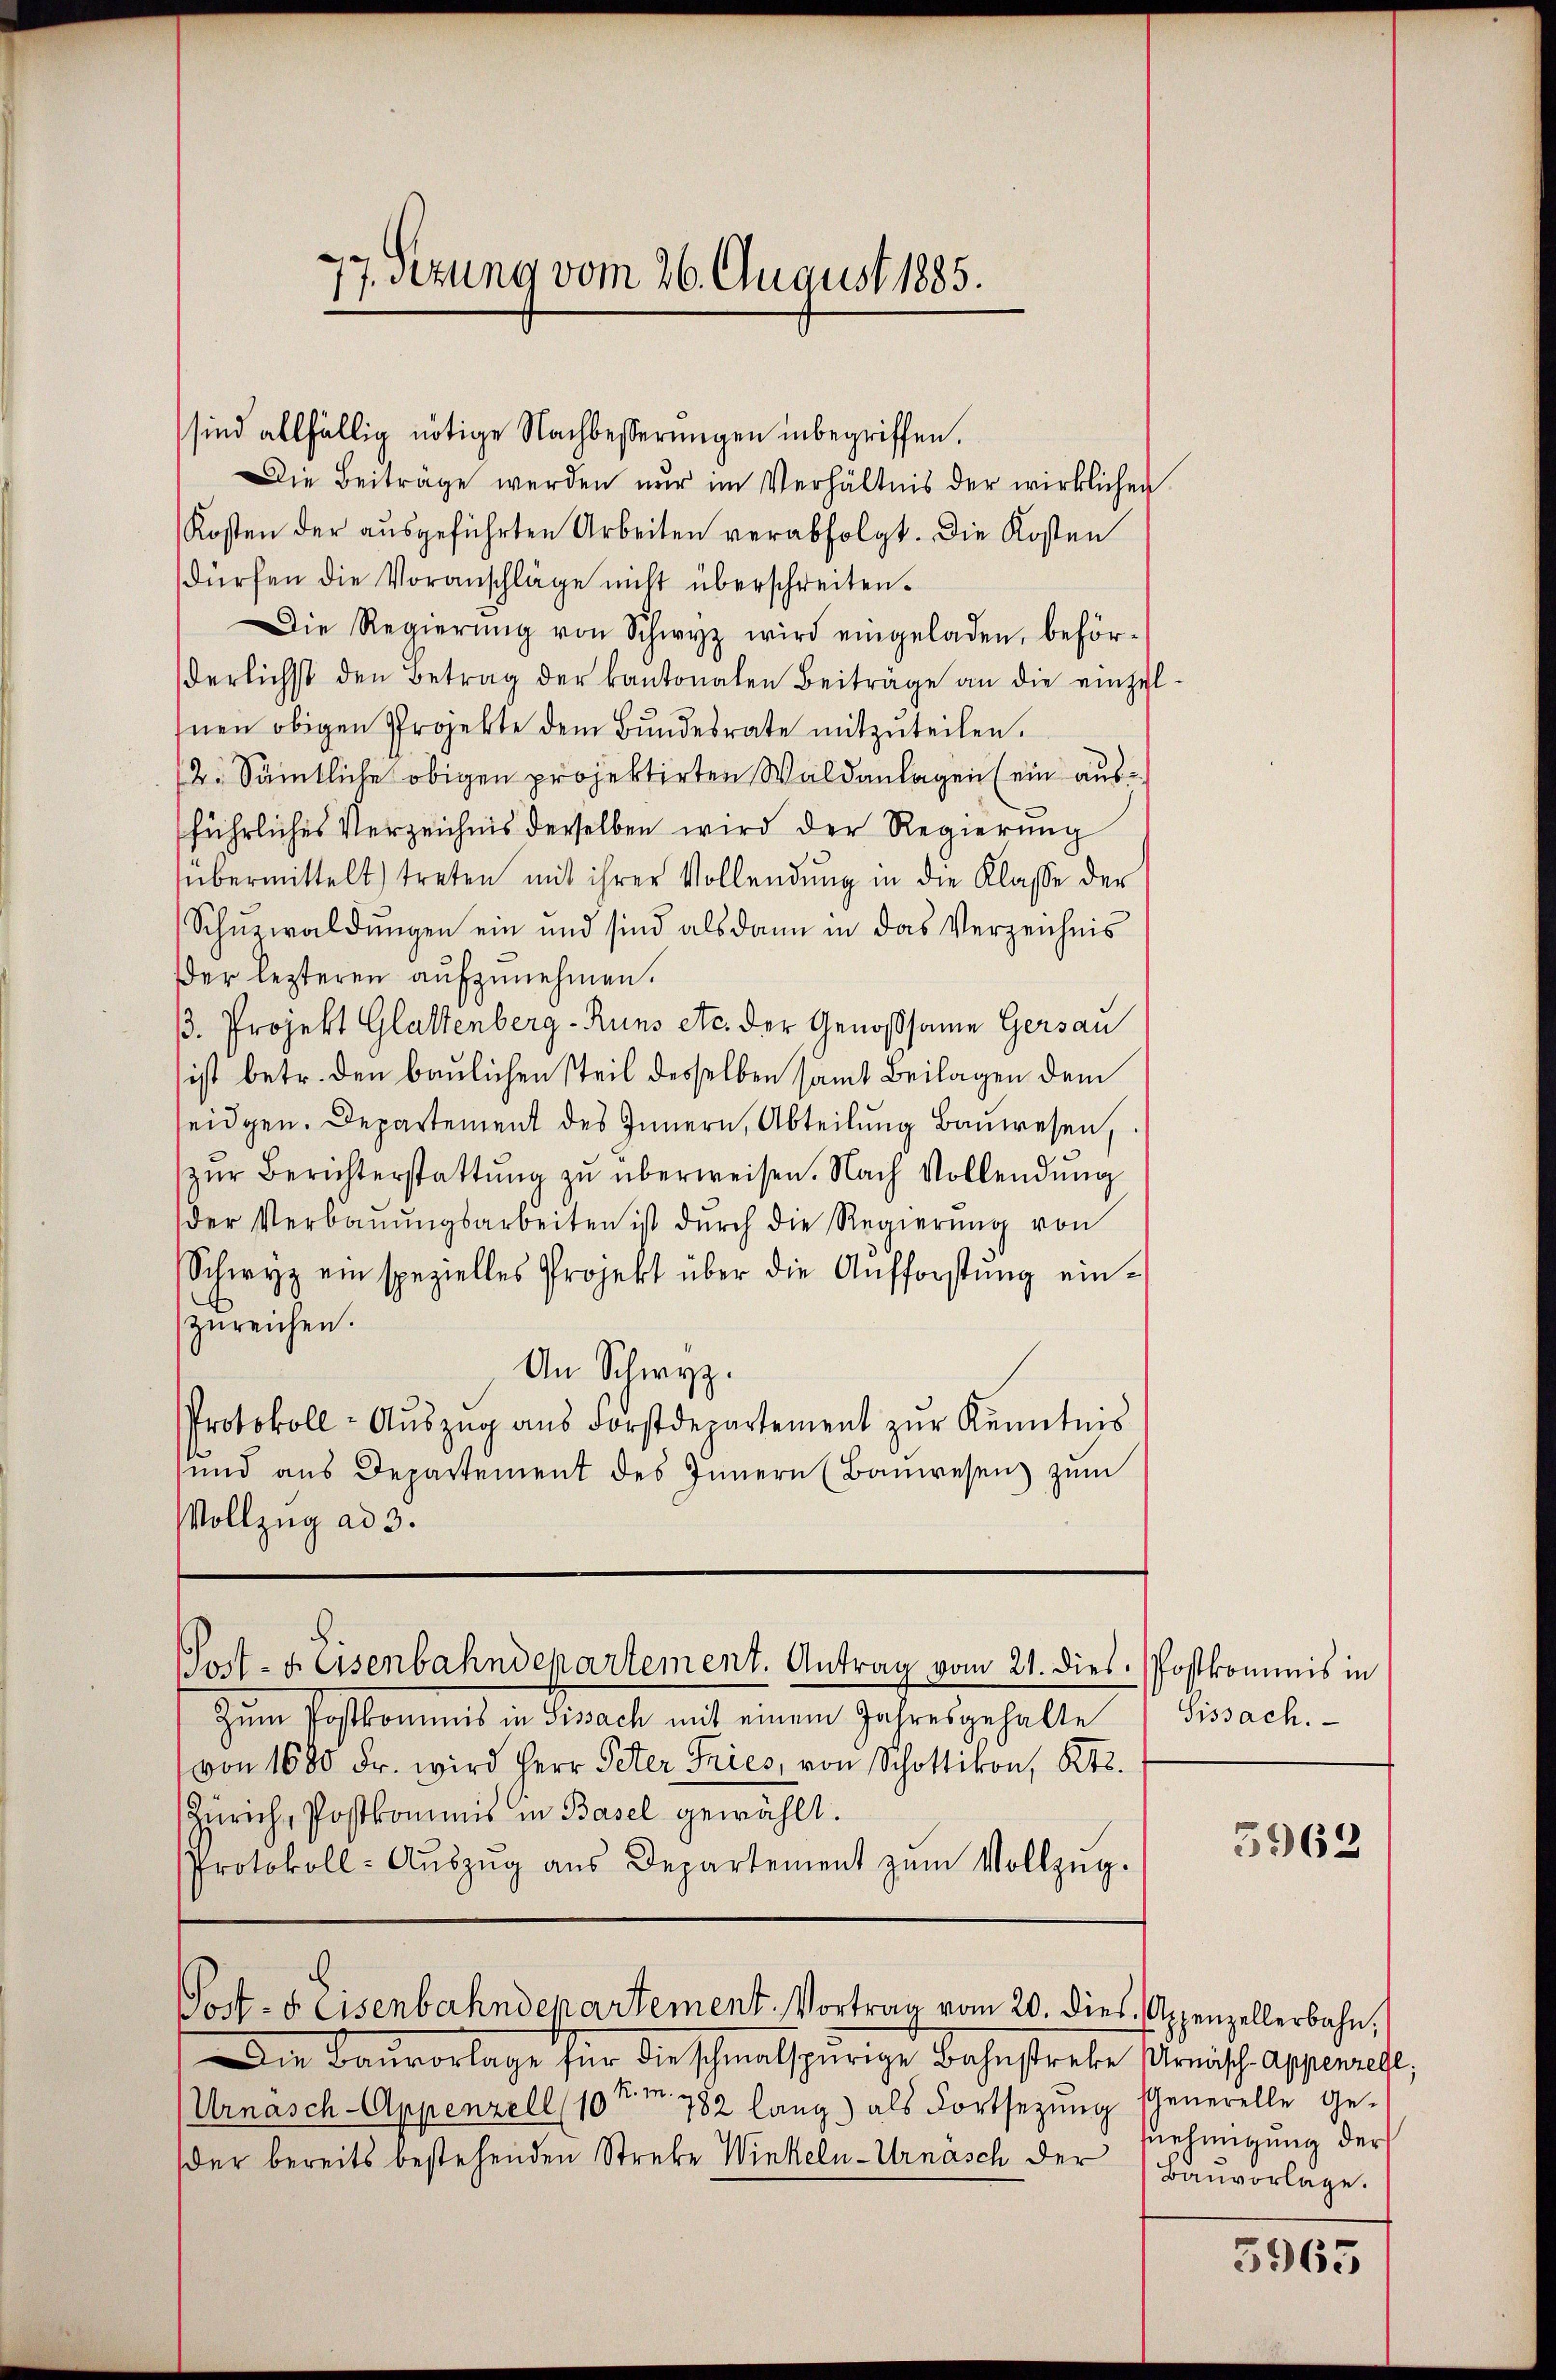
sind allfällig nötige Nachbesserungen inbegriffen.
Die Beiträge werden nur im Verhältnis der wirklichen
Kosten der aŭsgeführten Arbeiten verabfolgt. Die Kosten
dürfen die Voranschläge nicht überschreiten.
Die Regierŭng von Schwyz wird eingeladen, beför-
derlichst den Betrag der kantonalen Beiträge an die einzel
Inen obigen Projekte dem Bundesrate mitzuteilen.
/2. Sämtliche obigen projektirten Waldanlagen (ein ausführliches Verzeichnis derselben wird der Regierung
übermittelt treten mit ihrer Vollendung in die Klasse der
Schurwaldungen ein und sind als dann in das Verzeichnis
Der lezteren aufzunehmen.
13. Projekt Glattenberg-Runs etc. der Genossame Gersau
ist betr. den baulichen steil desselben samt Beilagen dem
eidgen. Departement des Innern, Abteilung Bauwesen,
zur Berichterstattung zu überweisen. Nach Vollendung
der Verbaŭŭngsarbeiten ist dŭrch die Regierŭng von
Schwyz ein spezielles Projekt über die Aufforstŭng ein-
zureichen.
An Schwyz.
Protokoll- Aŭszŭg ans Forstdepartement zŭr Kenntnis
und aus Departement des Innern (Bauwesen zum
Vollzug ad 3.

7 Sezung vom 26. August 1885.

Zŭm Postkommis in Sissach mit einem Jahresgehalte
von 1680 Fr. wird Herr Peter Fries, von Schottikon, Kts.
Zürich, Postkommis in Basel gewählt.
Protokoll- Aŭszŭg aŭs Departement zŭm Vollzŭg.

Post- u. Eisenbahndepartement. Antrag vom 21. dies. Postkommnis in

Die Baŭvorlage für die schmalspurige Bahnstreke Arenisch appenzell,
Urnasch-Appenzell 10 t m. 782 lang) als Fortsetzŭng Generelle Ge-
der bereits bestehenden Streke Winkeln-Urnäsch der

Post- u. Eisenbahndepartement. Vortrag vom 20. dies. Appenzellerbahn,

Sissach.

5962

nehmigung der
Bauvorlage.

5965